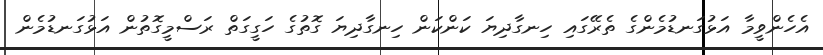
އެހެންވީމާ އަޅުގަނޑުމެންގެ ތެރޭގައި ހިނގާދިޔަ ކަންކަން ހިނގާދިޔަ ގޮތުގެ ހަގީގަތް ރަސްމީގޮތުން އަޅުގަނޑުމެން